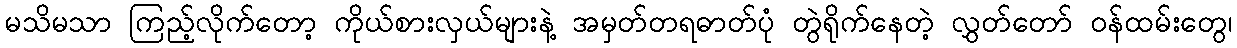
မသိမသာ ကြည့်လိုက်တော့ ကိုယ်စားလှယ်များနဲ့ အမှတ်တရဓာတ်ပုံ တွဲရိုက်နေတဲ့ လွှတ်တော် ဝန်ထမ်းတွေ၊